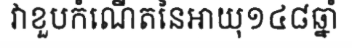
វាខួបកំណើតនៃអាយុ១៤៨ឆ្នាំ